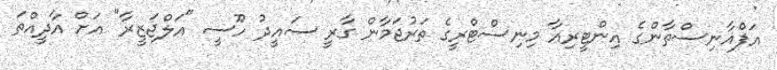
އަފްޣާނިސްތާންގެ އިންޓީރިއާ މިނިސްޓްރީގެ ތަރުޖަމާން ގާރީ ސައީދު ހޫސީ "އަލްޖަޒީރާ" އަށް އާދީއްތަ